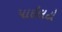
પાઈલટો